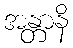
အန္တာနိ